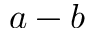
a - b